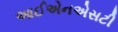
આઈએનએસટી